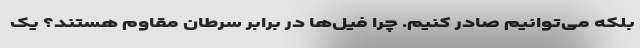
بلکه می‌توانیم صادر کنیم. چرا فیل‌ها در برابر سرطان مقاوم هستند؟ یک